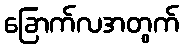
ခြောက်လအတွက်